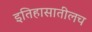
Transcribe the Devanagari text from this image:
इतिहासातीलच